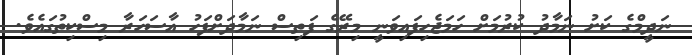
ނަދީމްގެ ކަށު ނަމާދު ކުރުމަށް ހަމަޖެހިފައިވަނީ މިރޭގެ ފަތިސް ނަމާދަށްފަހު އާސަހަރާ މިސްކިތުގައެވެ.